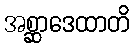
အစ္ဆာဒေထာတိ